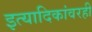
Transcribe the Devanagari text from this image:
इत्यादिकांवरही